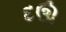
દઊ